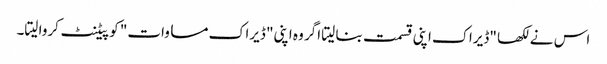
اس نے لکھا "ڈیراک اپنی قسمت بنا لیتا اگر وہ اپنی" ڈیراک مساوات" کو پیٹنٹ کروا لیتا۔